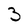
Character: 3